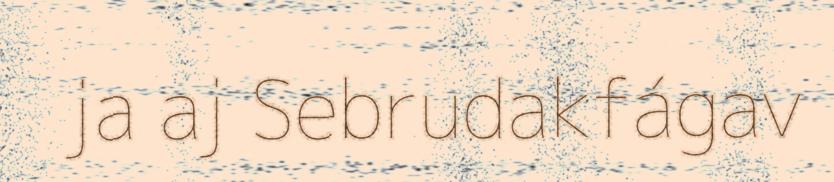
ja aj Sebrudakfágav